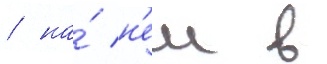
/ на́ н'еи в